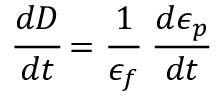
{ \cfrac { d D } { d t } } = { \cfrac { 1 } { \epsilon _ { f } } } ~ { \cfrac { d \epsilon _ { p } } { d t } }